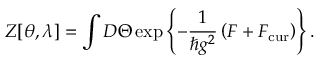
Z [ \theta , \lambda ] = \int { \cal D } \Theta \exp \left\{ - \frac { 1 } { \hbar g ^ { 2 } } \left( { \cal F } + { \cal F } _ { \mathrm { c u r } } \right) \right\} .